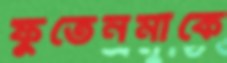
ফুতেনমাকে